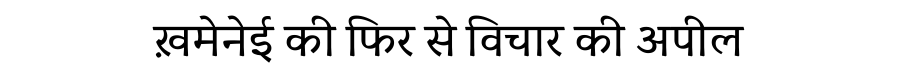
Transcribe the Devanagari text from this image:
ख़मेनेई की फिर से विचार की अपील